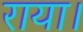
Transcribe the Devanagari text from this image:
राया।